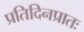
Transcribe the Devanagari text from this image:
प्रतिदिनप्रातः